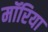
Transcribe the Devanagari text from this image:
मॉरिया